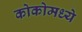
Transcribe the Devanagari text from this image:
कोकोमध्ये